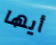
أيها